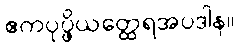
ဧကပုပ္ဖိယတ္ထေရအပဒါန။